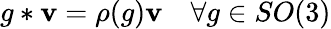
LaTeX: g*\mathbf{v}=\rho(g)\mathbf{v}\quad\forall g\in SO(3)